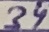
Text: 34